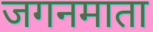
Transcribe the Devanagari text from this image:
जगनमाता